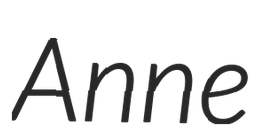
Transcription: Anne